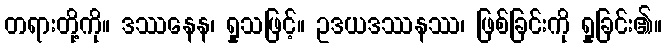
တရားတို့ကို။ ဒဿနေန၊ ရှုသဖြင့်။ ဥဒယဒဿနဿ၊ ဖြစ်ခြင်းကို ရှုခြင်း၏။